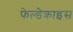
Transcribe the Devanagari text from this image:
फेल्डेक्राइस